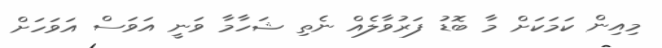
މިއިން ކަމަކަށް މާ ބޮޑު ފަރުވާލެއް ނެތި ޝަހާމާ ވަނީ އަވަސް އަވަހަށް